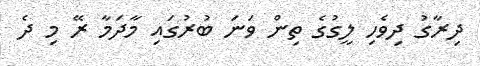
ދިރާގު ދިވެހި ލީގުގެ ތިން ވަނަ ބުރުގައި މާދަމާ ރޭ މި ދެ